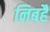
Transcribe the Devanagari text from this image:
निबहैं